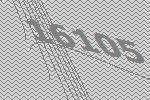
16105